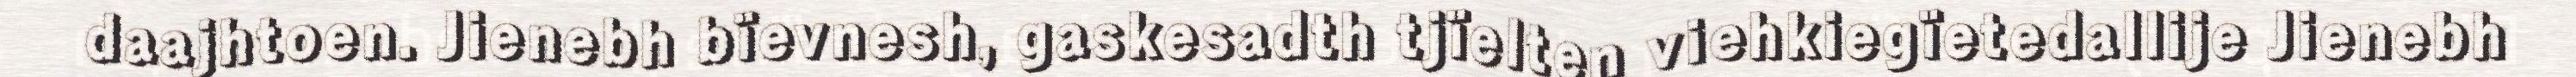
daajhtoen. Jienebh bïevnesh, gaskesadth tjïelten viehkiegïetedallije Jienebh